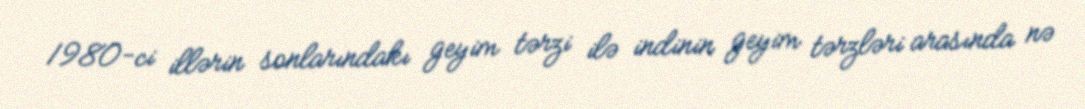
1980-ci illərin sonlarındakı geyim tərzi ilə indinin geyim tərzləri arasında nə